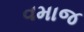
વમાજ